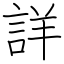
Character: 詳